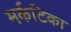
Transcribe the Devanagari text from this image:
मर्कटिका